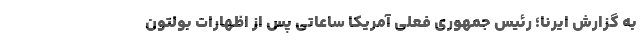
به گزارش ایرنا؛ رئیس جمهوری فعلی آمریکا ساعاتی پس از اظهارات بولتون